Report on lock hospitals in British Burma
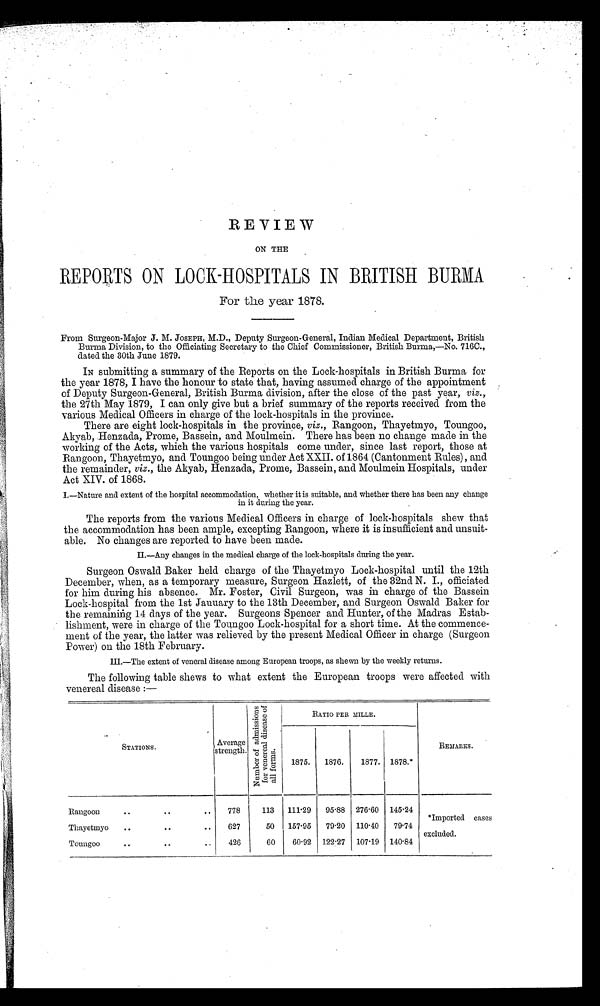
REVIEW
ON THE
REPORTS 0N LOCK-HOSPITALS IN BRITISH BURMA
For the year 1878.
From Surgeon-Major J. M. JOSEPH, M.D., Deputy Surgeon-General, Indian Medical Department, British
Burma Division, to the Officiating Secretary to the Chief Commissioner, British Burma,—No. 716C.,
dated the 30th June 1879.
IN submitting a summary of the Reports on the Lock-hospitals in British Burma for
the year 1878, I have the honour to state that, having assumed charge of the appointment
of Deputy Surgeon-General, British Burma division, after the close of the past year, viz.,
the 27th May 1879, I can only give but a brief summary of the reports received from the
various Medical Officer in charge of the lock-hospitals in the province.
There are eight lock-hospitals in the province, viz., Rangoon, Thayetmyo, Toungoo,
Akyab, .Henzada, Prome, Bassein, and Moulmein. There has been no change made in the
working of the Acts, which the various hospitals come under, since last report, those at
Rangoon, Thayetmyo, and Toungoo being under Act XXII. of 1864 (Cantonment Rules), and
the remainder, viz., the Akyab, Henzada, Prome, Bassein, and Moulmein Hospitals, under
Act XIV. of 1868.
I.—Nature and extent of the hospital accommodation, whether it is suitable, and whether there has been any change
in it during the year.
The reports from the various Medical Officers in charge of lock-hospitals shew that
the accommodation has been ample, excepting Rangoon, where it is inefficient and unsuit-
able. No changes are reported to have been made.
II.—Any changes in the medical charge of the lock-hospitals during the year.
Surgeon Oswald Baker held charge of the Thayetmyo Lock-hospital until the 12th
December, when, as a temporary measure, Surgeon Hazlett, of the 32nd N. I., officiated
for him during his absence. Mr. Foster, Civil Surgeon, was in charge of the Bassein
Lock-hospital from the 1st January to the 13th December, and Surgeon Oswald Baker for
the remaining 14 days of the year. Surgeons Spencer and Hunter, of the Madras Estab-
lishment, were in charge of the Toungoo Lock-hospital for a short time. At the commence-
ment of the year, the latter was relieved by the present Medical Office in charge (Surgeon
Power) on the 18th February.
III.—The extent of veneral disease among European troops, as hewn by the weekly returns.
The following table shews to what extent the European troops were affected with
venereal disease :—
STATIONS.
A v e r a g e s t r e n g t h .
N u m b e r o f a d m i s s i o n s f o r v e n e r a l d i s e a s e o f a l l f o r m s .
R E M A R K S .
1875. 1876.
1877. 1878.*
Rangoon
. .
. .
..
778
113 111.29 95.88 270.00 145.24
*Imported cases
excluded.
Thayetmyo ..
..
..
627
50 157195
79.20 110.40
79.74
Toungoo
. .
..
..
420
60
60.92 122.27 107.19 140.84